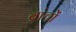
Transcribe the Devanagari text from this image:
ब्रांचों